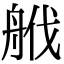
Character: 𦨷